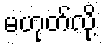
မဟုတ်လို့